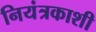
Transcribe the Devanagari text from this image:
नियंत्रकाशी